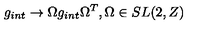
g _ { i n t } \rightarrow \Omega g _ { i n t } \Omega ^ { T } , \Omega \in S L ( 2 , Z )